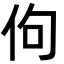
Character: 佝